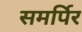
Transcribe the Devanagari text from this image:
समर्पिर